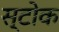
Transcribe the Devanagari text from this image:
स्‍टोक